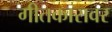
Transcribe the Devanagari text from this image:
गीतकारावर